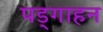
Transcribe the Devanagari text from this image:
पड्गाहन